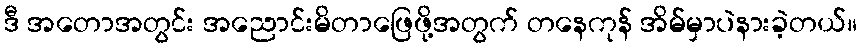
ဒီ အတောအတွင်း အညောင်းမိတာဖြေဖို့အတွက် တနေကုန် အိမ်မှာပဲနားခဲ့တယ်။